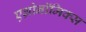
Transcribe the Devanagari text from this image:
एग्रोनॉमिक्स